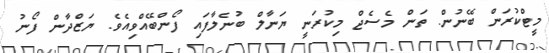
މީޓްކުރަން ބޭނުން. ތަން މެސެޖް މިކުރަނީ ޔަނާލް ބުނެލާފައި ފޯންބޭއްވިއެވެ. ޔަޒްދާން ފޯނު